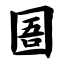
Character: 圄